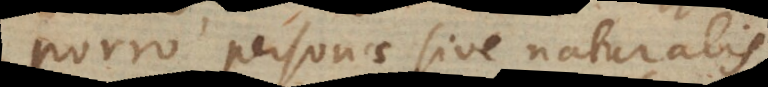
Porro personae sive naturalis